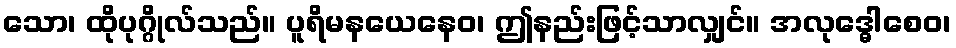
သော၊ ထိုပုဂ္ဂိုလ်သည်။ ပူရိမနယေနေဝ၊ ဤနည်းဖြင့်သာလျှင်။ အလုဒ္ဓေါစေဝ၊